Bréfritari: Valgerður Björnsdóttir
Viðtakandi: Jón Borgfirðingur
Dagsetning: A-1860-08-01
Skrifað á: Þingholti  Gull.

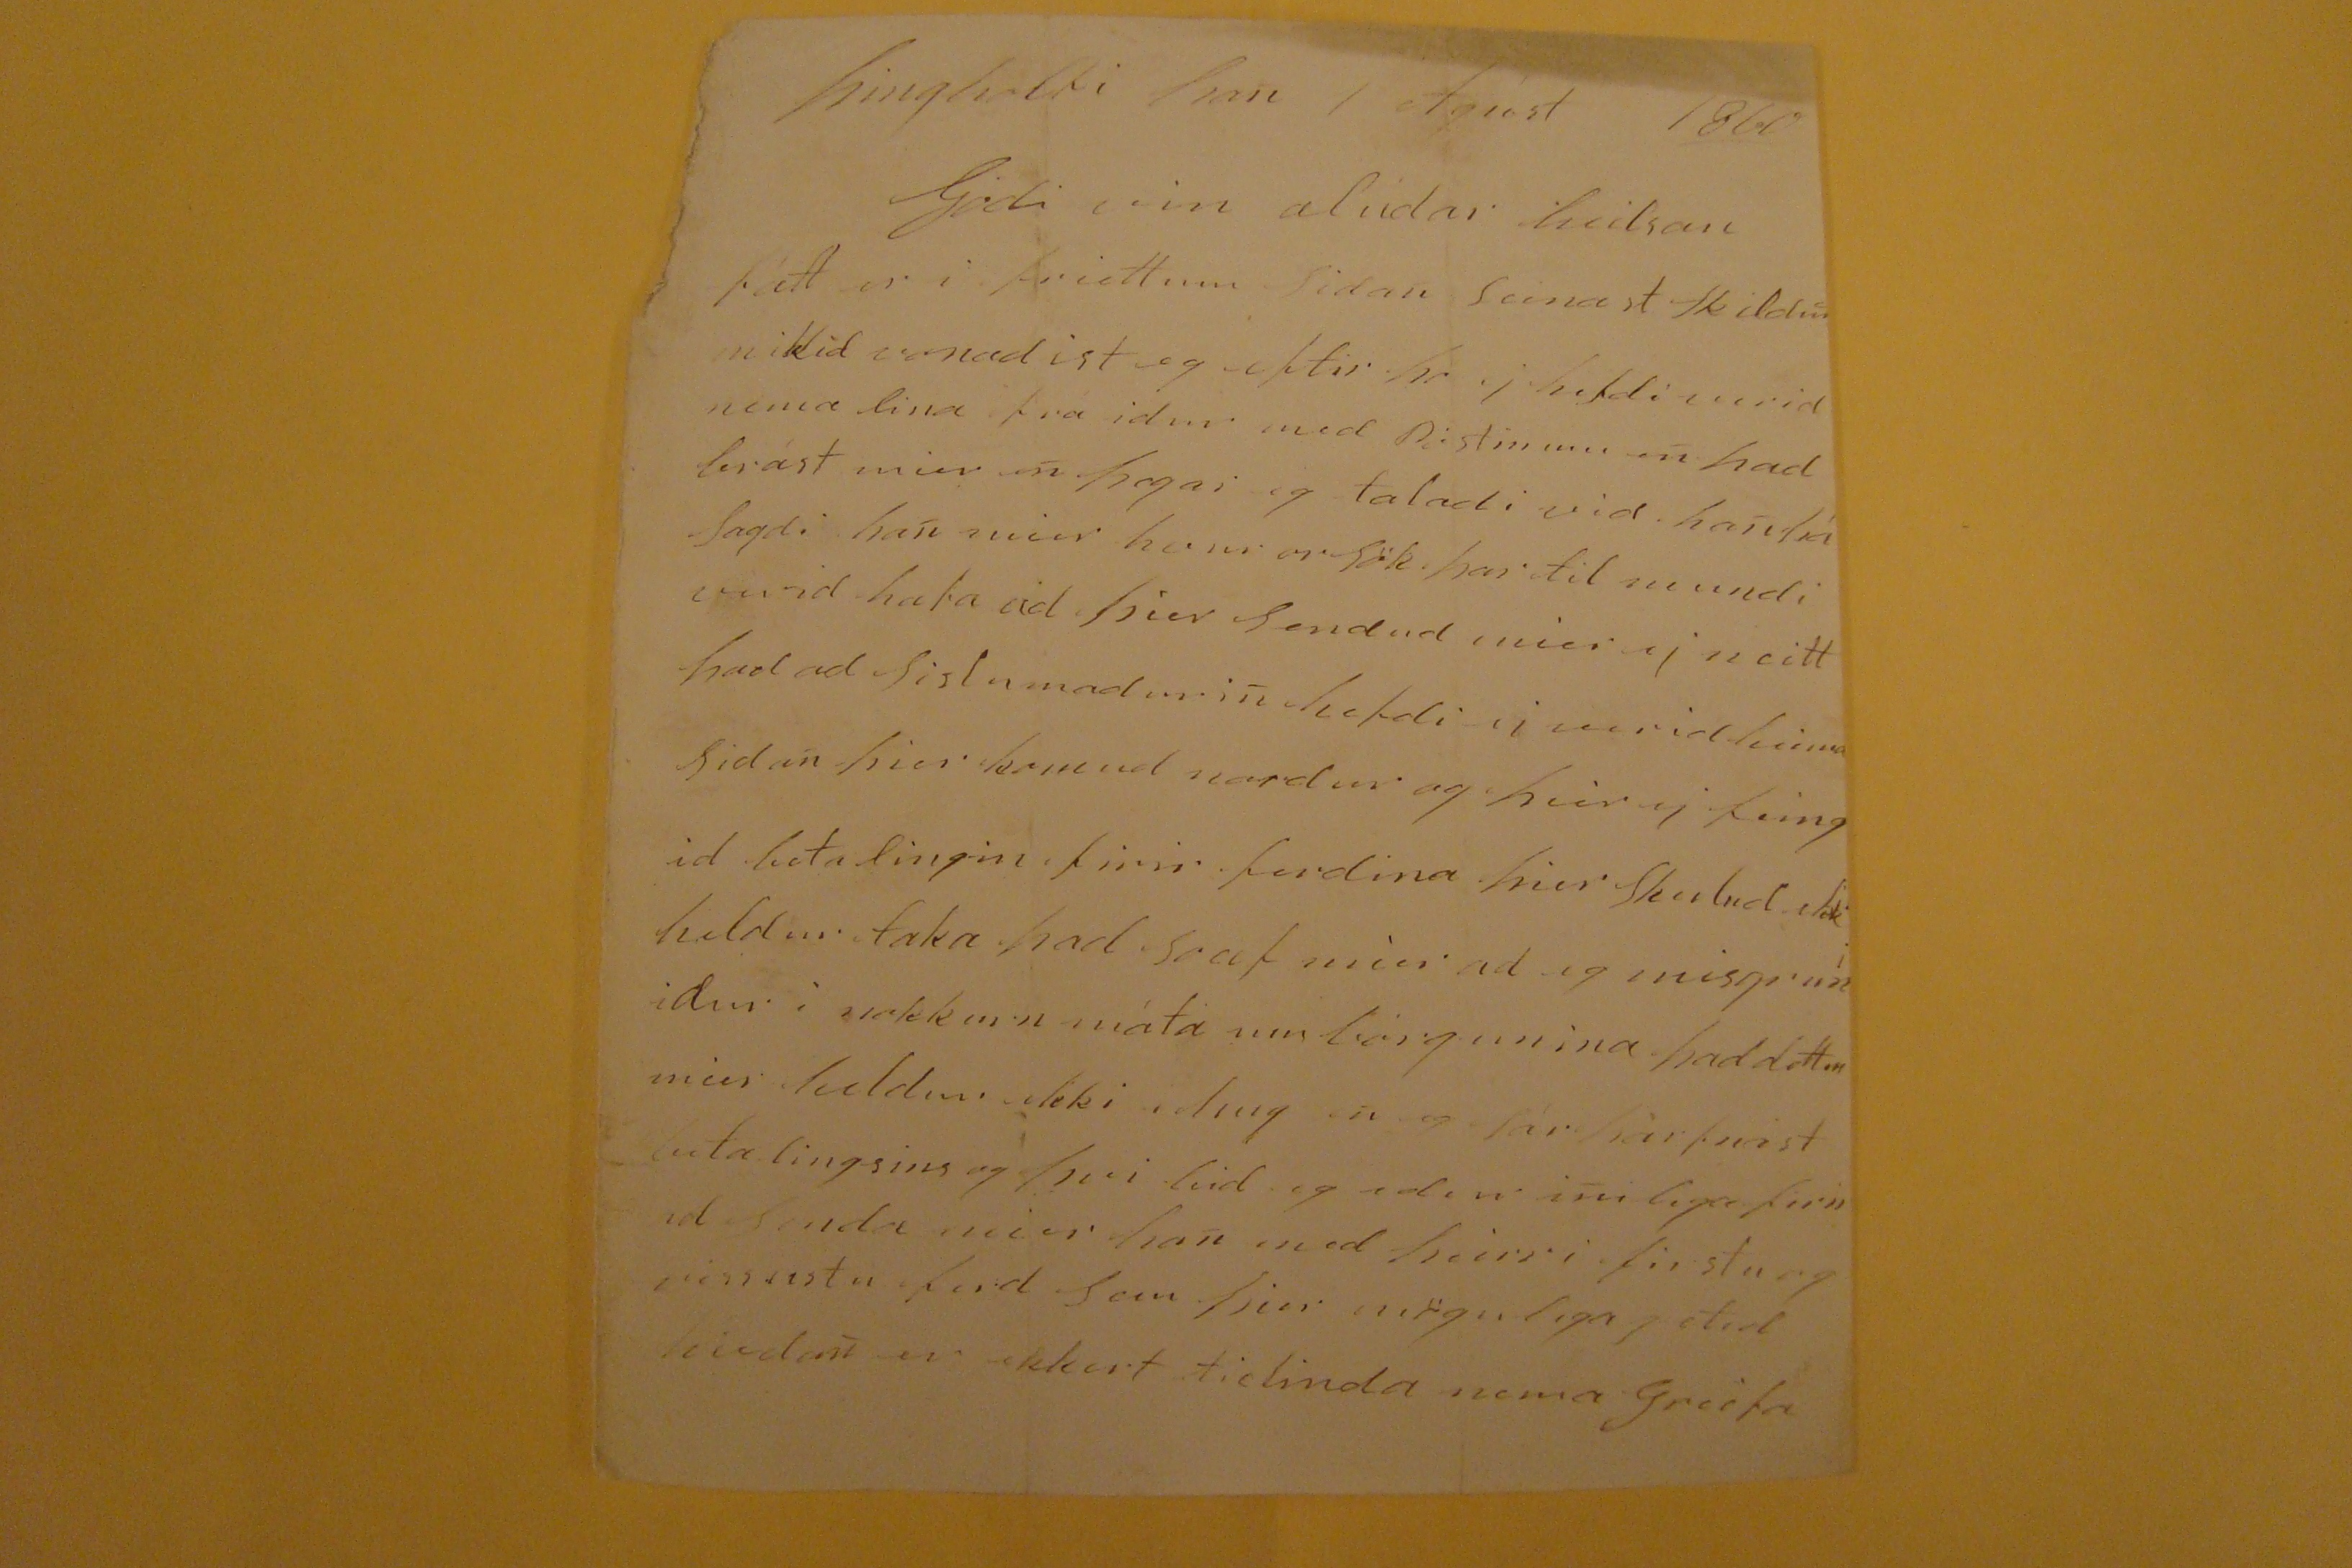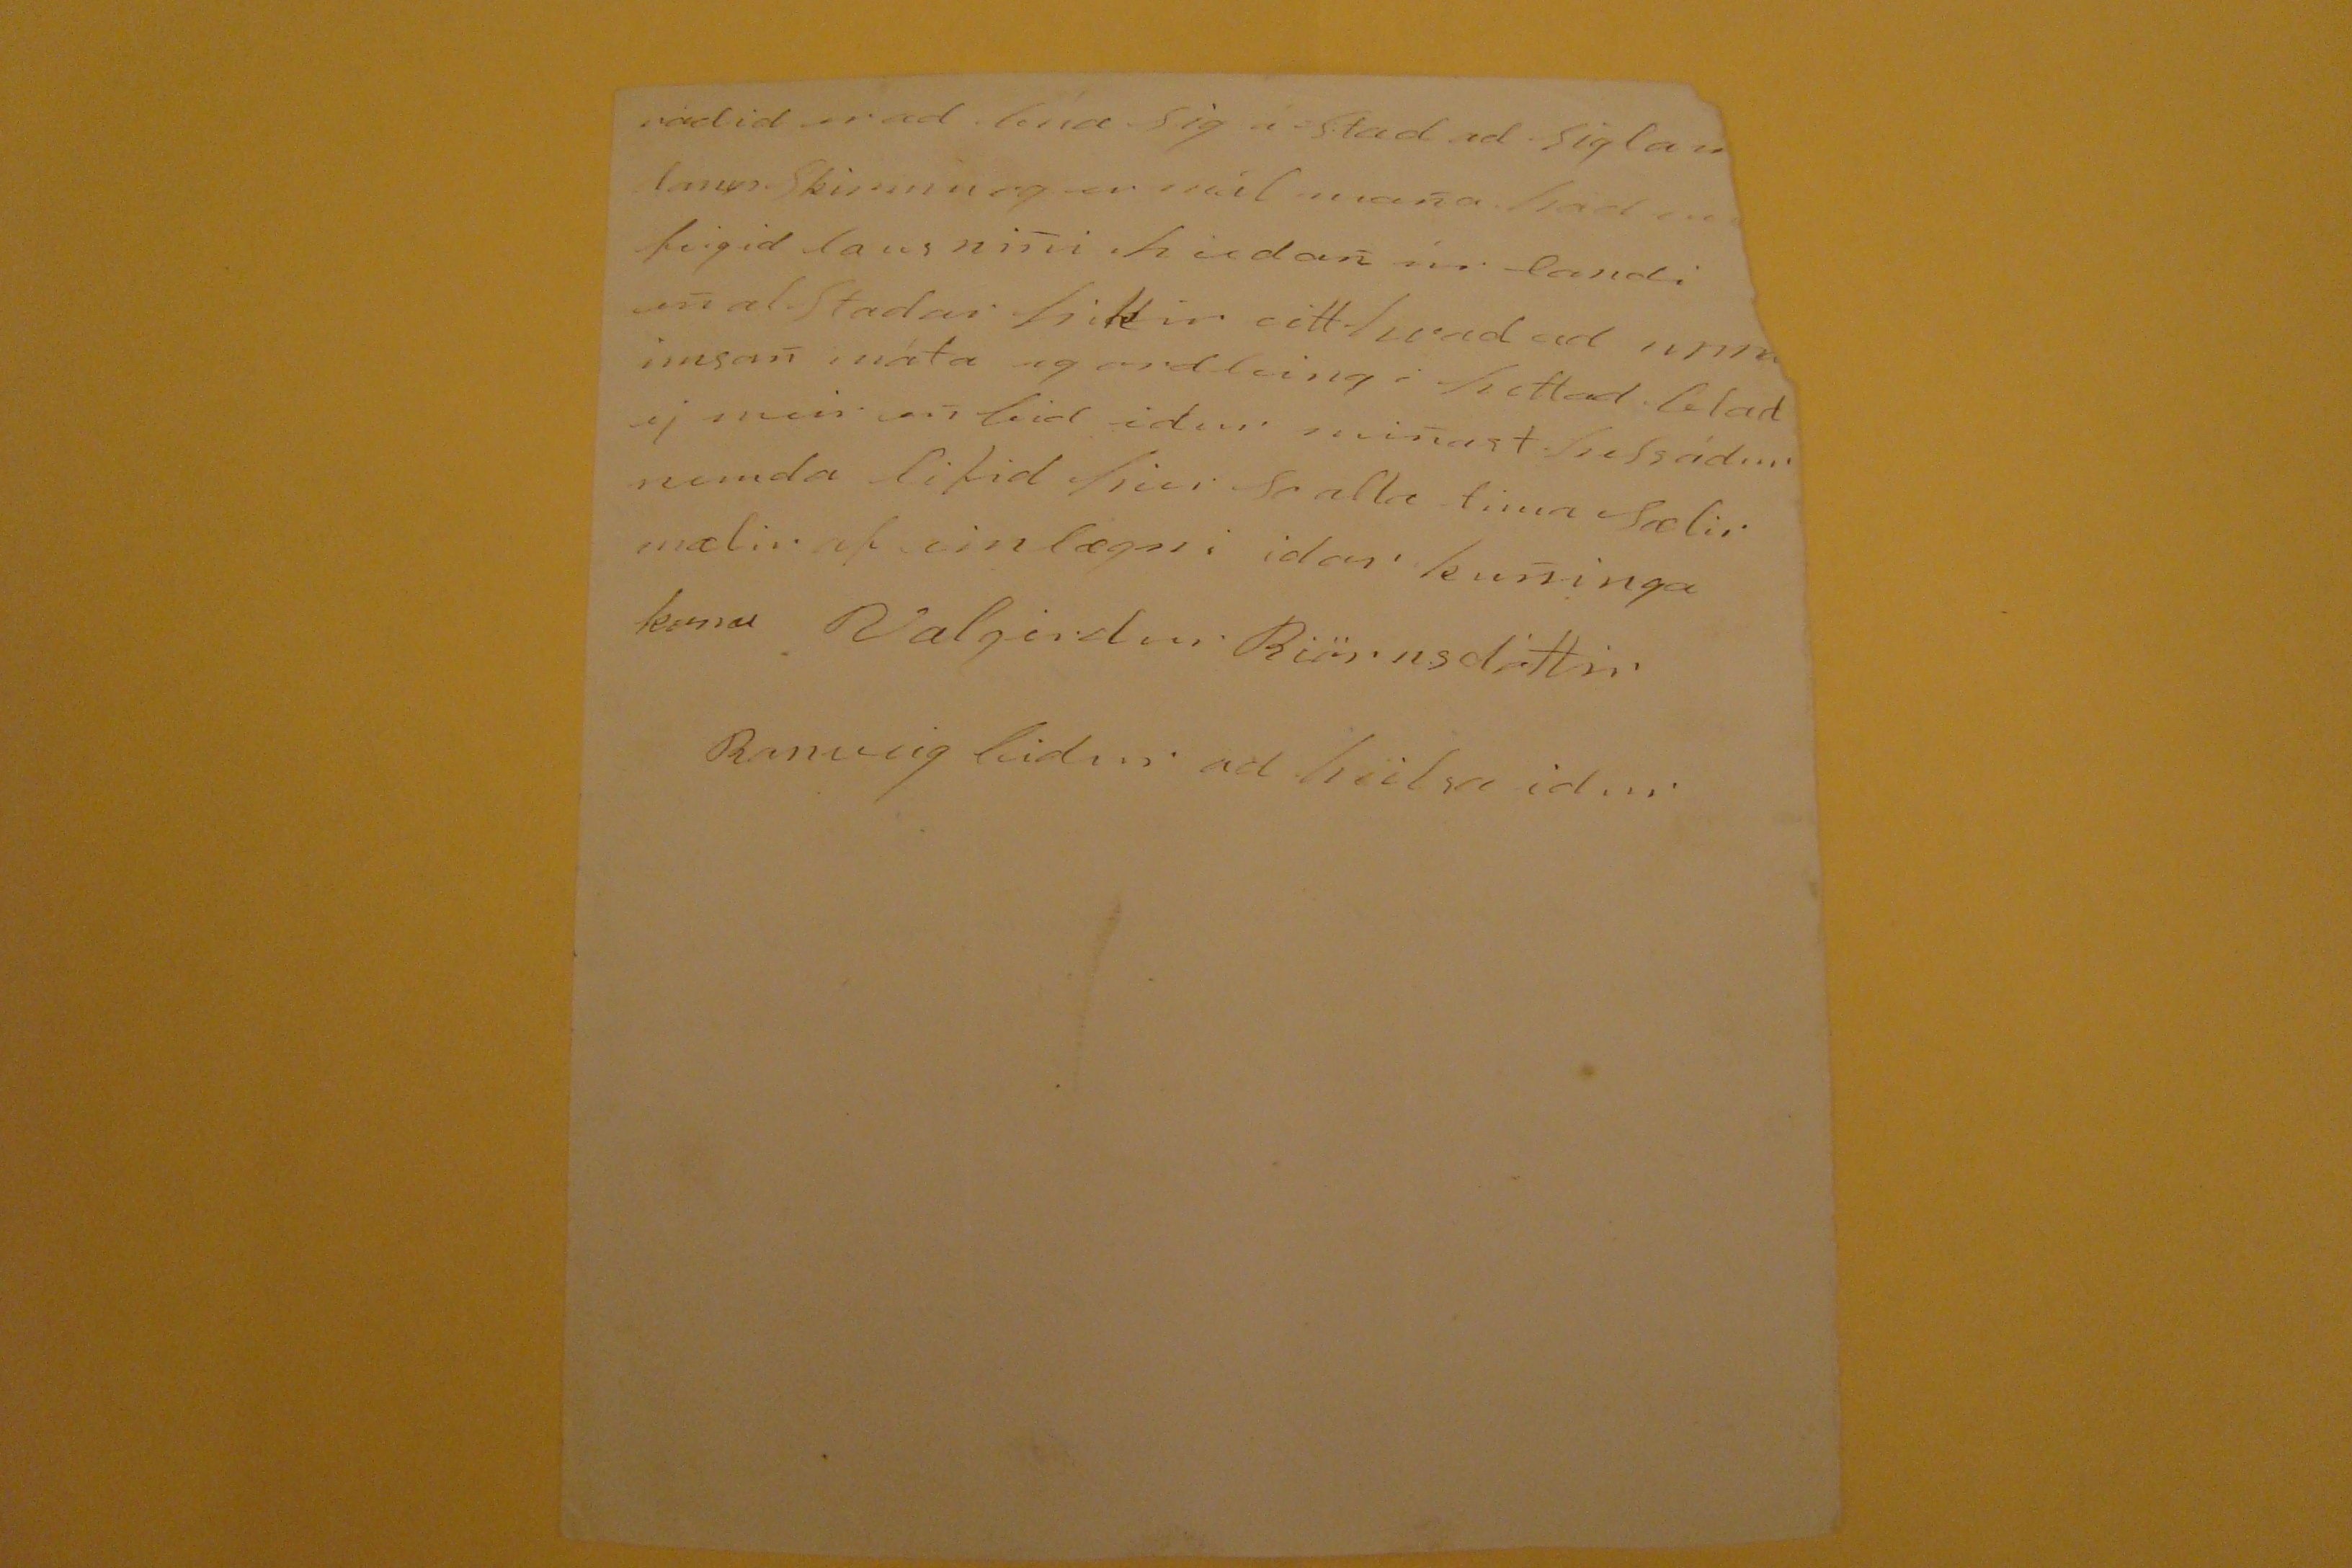

Þingholti þan 1 Agúst 1860
Gódi vin alúdar heilsan
fátt er i friettum sidan seinast
skildm
mikid vonadist eg eptir
hr j
hefdi verid nema lina frá idur med Postinum en þad brást mier en þegar eg taladi vid han þá sagdi han mier hans orsök. þar til mundi verid hafa ad þier sendud mier
y
neitt had ad sislumadurin hefdi
y
verid heima sidan þier komud nordur og hier
y
feingid lata lingin firir ferdina hier
skulnd lak
heldur taka þad
svat
mier ad eg misgrun idur i nokkurn máta um borgunina þad dottin mier heldur
leki i hug
en og sár þarfnast lutalingsins og þvi hid og edur inilega firirad senda mier han en ad þeirri firstu og minnstu ferd sem þier mögulega getid hiedan er ekkert tidinda nema
Greifa
radid er ad
búa
sig á stad ad sigla u lann skipinu og er mál mana þad
um
seigid lausnini hiedan úr landi en alstadar hittir eitthvad ad
einna
imsan máta og ordleingi hittad
Glad y
meir en bid idur minast helsadur nemda lifid hier so alla tima sælir mælir af einlægni idar kuninga kona Valgerdur Biörnsdóttir
Ranveig bidur ad heilsa idur